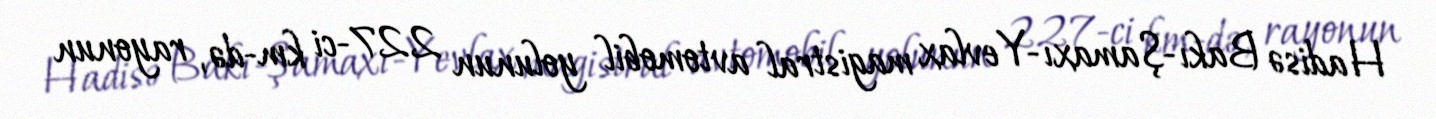
Hadisə Bakı-Şamaxı-Yevlax magistral avtomobil yolunun 227-ci km-də, rayonun